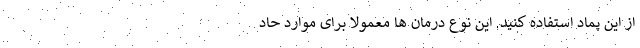
از این پماد استفاده کنید. اين نوع درمان ها معمولاً برای موارد حاد